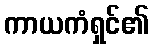
ကာယကံရှင်၏